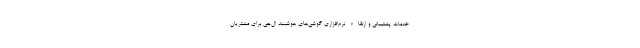
خدمات پشتیبانی و ارتقاء نرم‌افزاری گوشی‌های هوشمند ال‌جی برای مشتریان